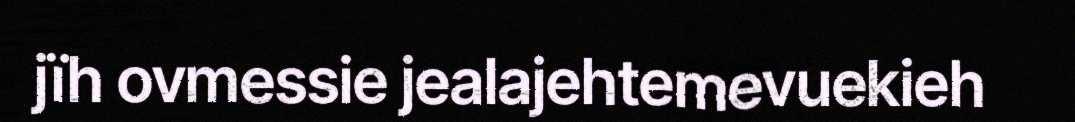
jïh ovmessie jealajehtemevuekieh